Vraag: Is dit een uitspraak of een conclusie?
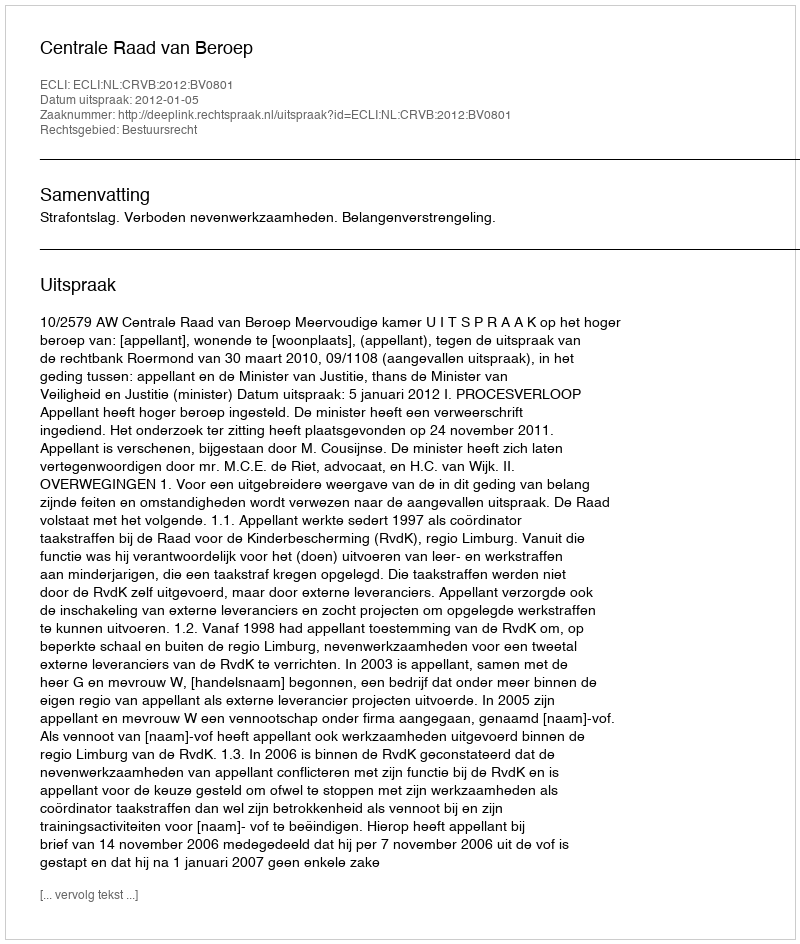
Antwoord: Uitspraak